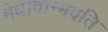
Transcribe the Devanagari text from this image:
मेधावान्भवति